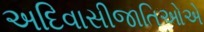
અદિવાસીજાતિઓએ